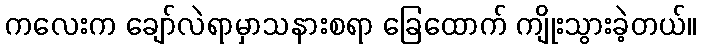
ကလေးက ချော်လဲရာမှာသနားစရာ ခြေထောက် ကျိုးသွားခဲ့တယ်။